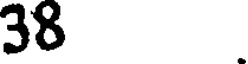
38